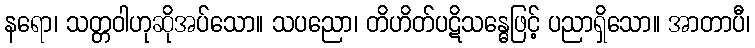
နရော၊ သတ္တဝါဟုဆိုအပ်သော။ သပညော၊ တိဟိတ်ပဋိသန္ဓေဖြင့် ပညာရှိသော။ အာတာပီ၊